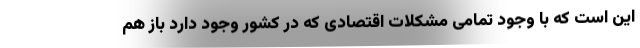
این است که با وجود تمامی مشکلات اقتصادی که در کشور وجود دارد باز هم